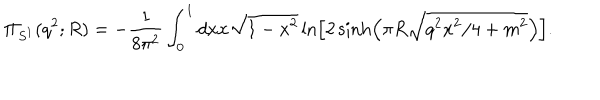
LaTeX: \Pi _ { S ^ { 1 } } ( q ^ { 2 } ; R ) = - { \frac { 1 } { 8 \pi ^ { 2 } } } \int _ { 0 } ^ { 1 } d x x \sqrt { 1 - x ^ { 2 } } \ln \left[ 2 \sinh \left( \pi R \sqrt { q ^ { 2 } x ^ { 2 } / 4 + m ^ { 2 } } \right) \right] .